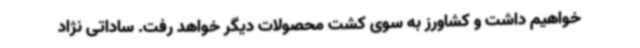
خواهیم داشت و کشاورز به سوی کشت محصولات دیگر خواهد رفت. ساداتی نژاد